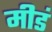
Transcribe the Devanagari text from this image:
मीडं